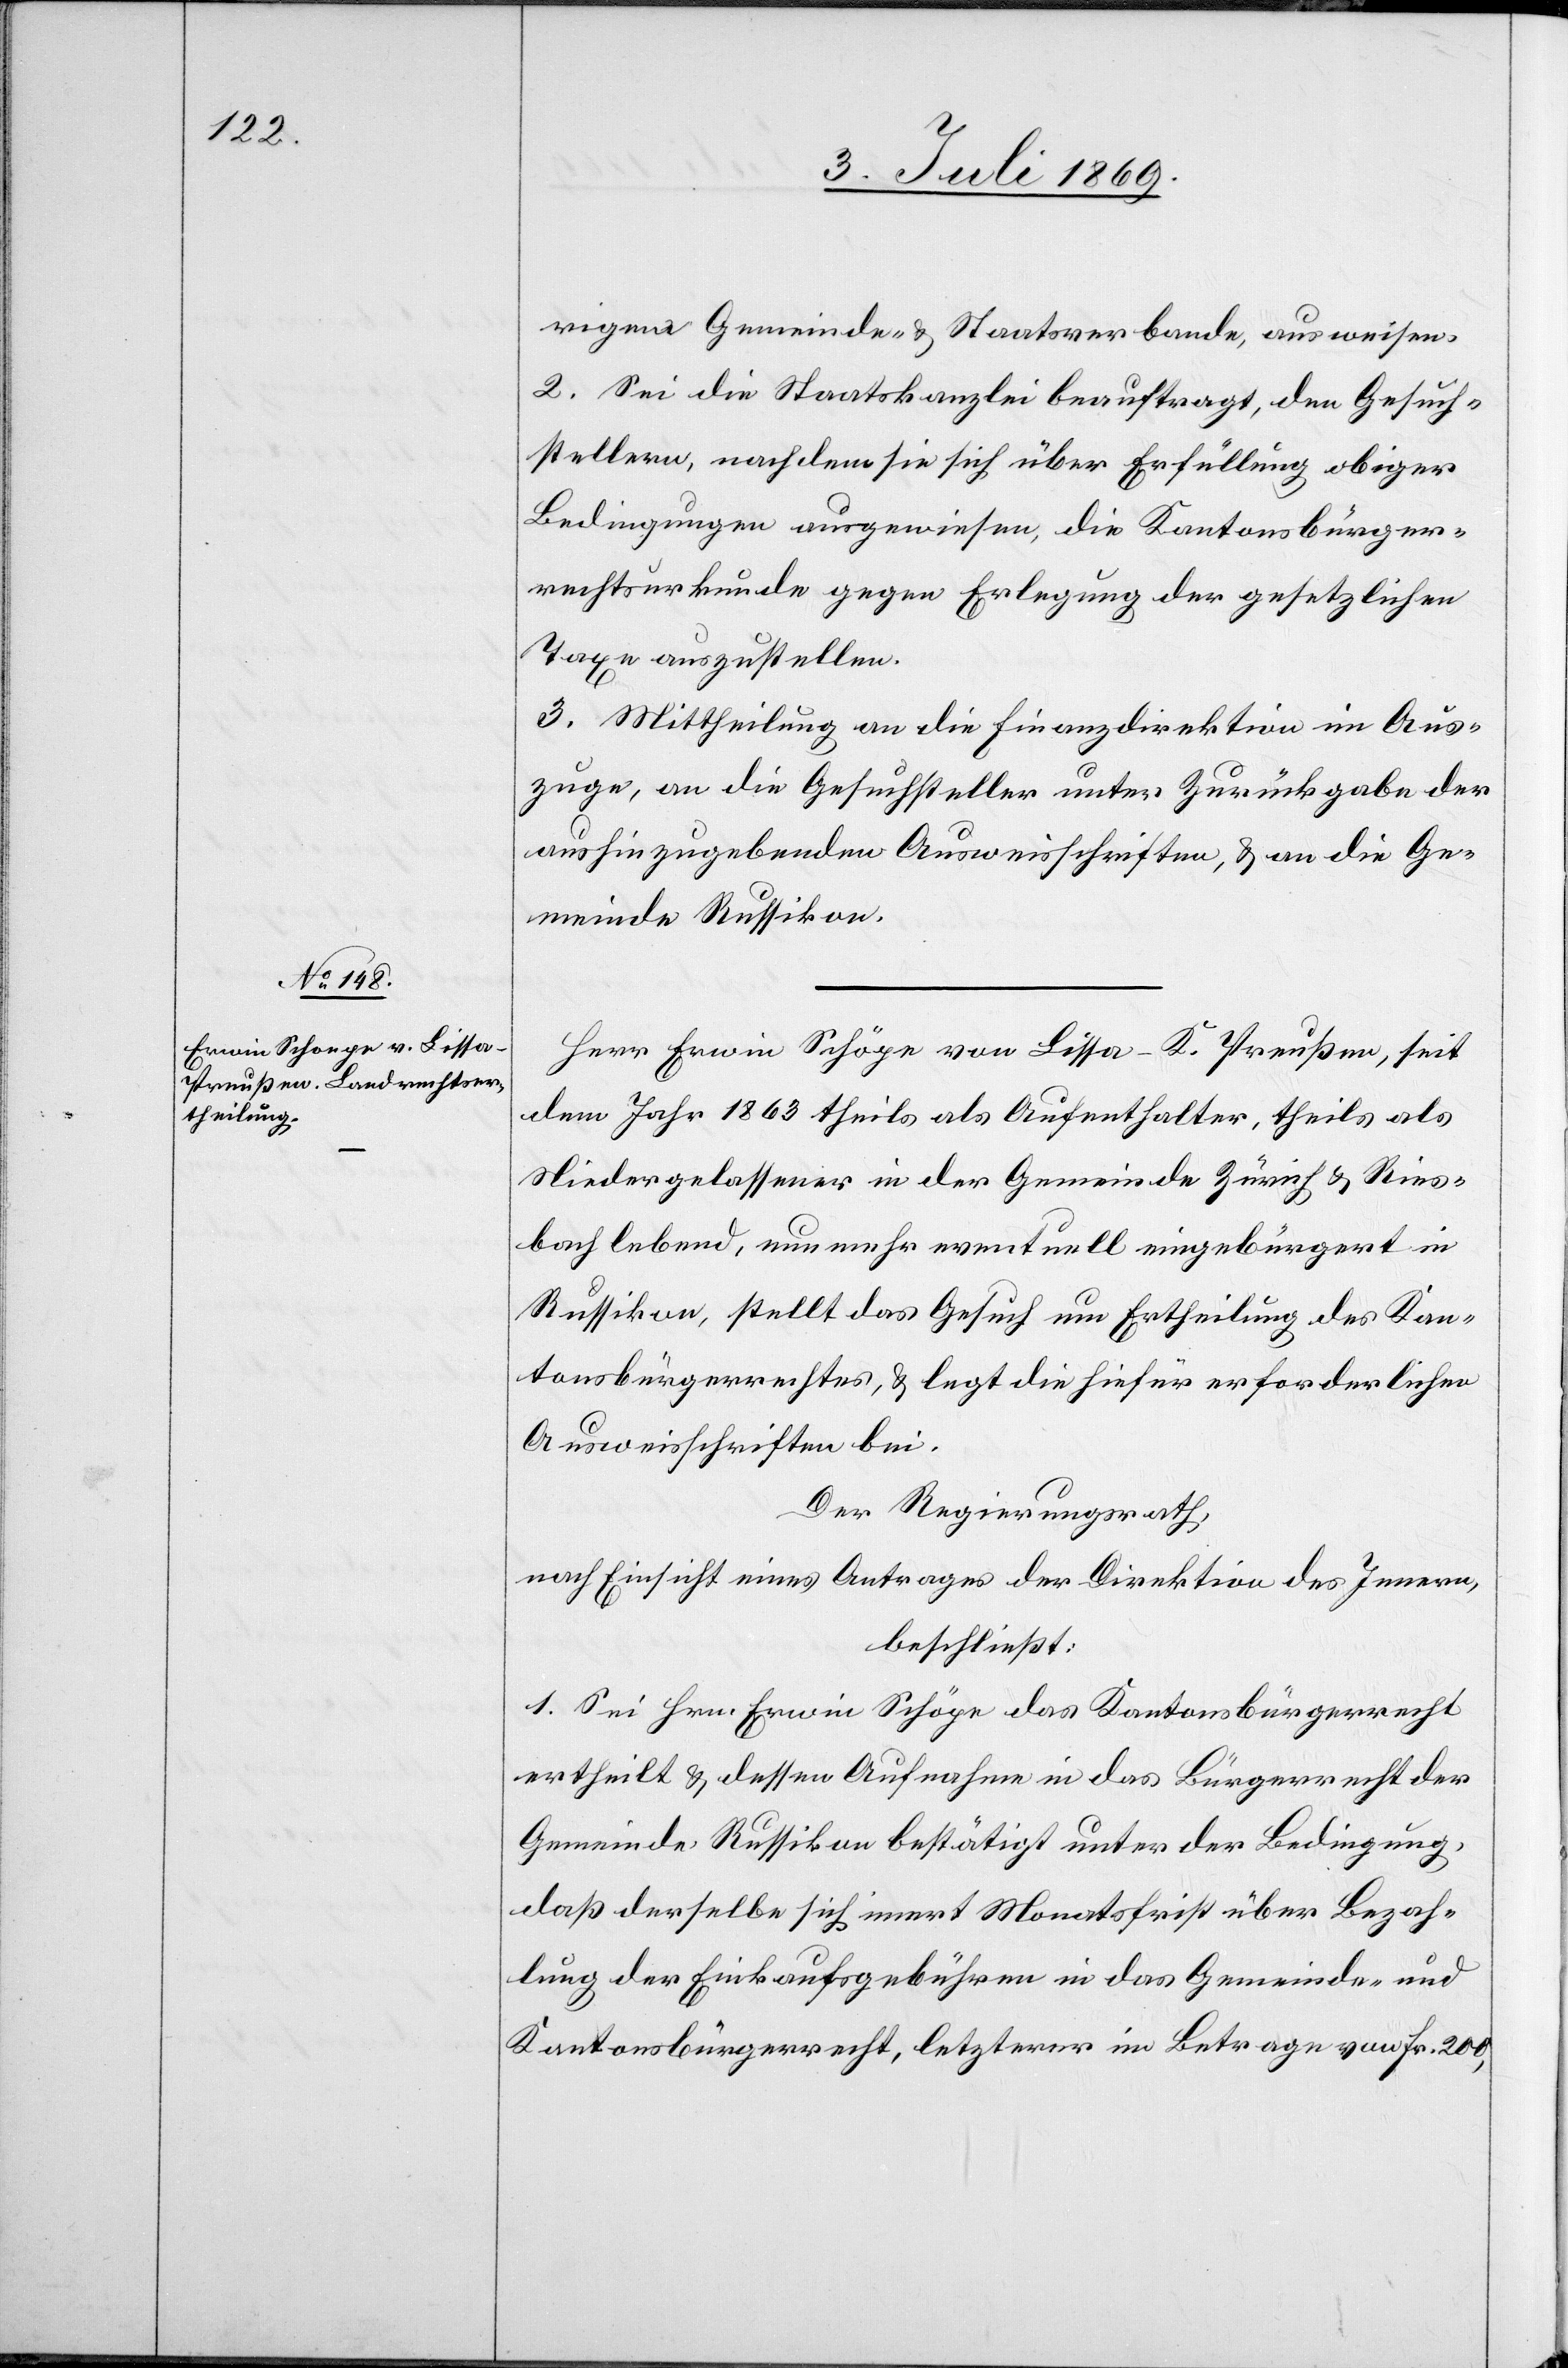
rigen Gemeinde- u. Staatsverbande, ausweisen.
2. Sei die Staatskanzlei beauftragt, den Gesuch¬
stellern, nachdem sie sich über Erfüllung obiger
Bedingungen ausgewiesen, die Kantonsbürger¬
rechtsurkunde gegen Erlegung der gesetzlichen
Taxe auszustellen.
3. Mittheilung an die Finanzdirektion im Aus¬
zuge, an die Gesuchsteller unter Zurückgabe der
aushinzugebenden Ausweisschriften, u. an die Ge¬
meinde Russikon.
Herr Erwin Schöpe [sic!] von Lissa - K. Preußen, seit
dem Jahr 1863 theils als Aufenthalter, theils als
Niedergelassener in der Gemeinde Zürich u. Ries¬
bach lebend, nun mehr eventuell eingebürgert in
Russikon, stellt das Gesuch um Ertheilung des Kan¬
tonsbürgerrechtes, u. legt die hiefür erforderlichen
Ausweisschriften bei.
Der Regierungsrath,
nach Einsicht eines Antrages der Direktion des Innern,
beschließt:
1. Sei Hrn. Erwin Schöpe das Kantonsbürgerrecht
ertheilt u. dessen Aufnahme in das Bürgerrecht der
Gemeinde Russikon bestätigt unter der Bedingung,
daß derselbe sich innert Monatsfrist über Bezah¬
lung der Einkaufsgebühren in das Gemeinde- und
Kantonsbürgerrecht, letzterer im Betrage von Fr. 200,